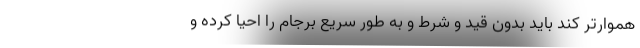
هموارتر کند باید بدون قید و شرط و به طور سریع برجام را احیا کرده و